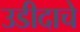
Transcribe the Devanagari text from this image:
उडीदाचे